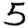
Digit: 5